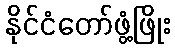
နိုင်ငံတော်ဖွံ့ဖြိုး